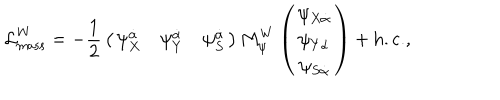
{ \cal L } _ { \mathrm { m a s s } } ^ { W } = - { \frac { 1 } { 2 } } \left( \begin{array} { c c c } { { \psi _ { X } ^ { \dot { \alpha } } } } & { { \psi _ { Y } ^ { \dot { \alpha } } } } & { { \psi _ { S } ^ { \dot { \alpha } } } } \\ \end{array} \right) M _ { \psi } ^ { W } \left( \begin{array} { c } { { \psi _ { X \dot { \alpha } } } } \\ { { \psi _ { Y \dot { \alpha } } } } \\ { { \psi _ { S \dot { \alpha } } } } \\ \end{array} \right) + \mathrm { h . c . } ,